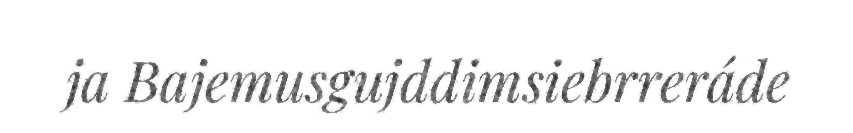
ja Bajemusgujddimsiebrreráde